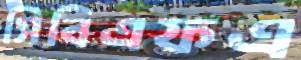
সিবিএফএ